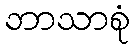
ဘာသာစုံ